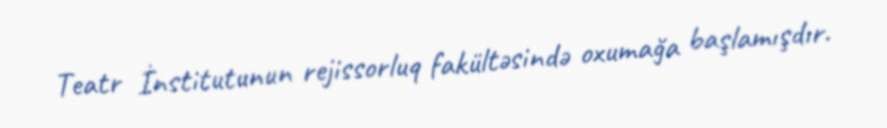
Teatr İnstitutunun rejissorluq fakültəsində oxumağa başlamışdır.